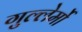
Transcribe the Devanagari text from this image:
गुल्लेर्मो